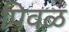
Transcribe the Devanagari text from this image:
पिवळ